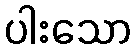
ပါးသော